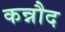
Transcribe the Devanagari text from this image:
कन्नौद